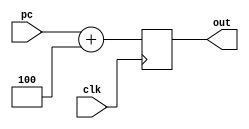
module add(pc,out,clk);
input[31:0]pc;
input clk;
output reg[31:0]out=0;
always@(posedge clk)
	 out=pc+4;
endmodule